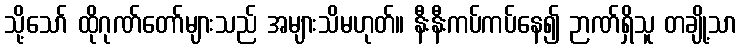
သို့သော် ထိုဂုဏ်တော်များသည် အများသိမဟုတ်။ နီးနီးကပ်ကပ်နေ၍ ဉာဏ်ရှိသူ တချို့သာ